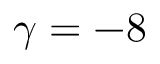
\gamma = - 8